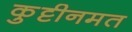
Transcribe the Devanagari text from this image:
कुट्टीनमत